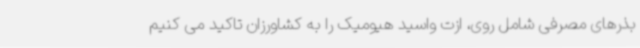
بذرهای مصرفی شامل روی، ازت واسید هیومیک را به کشاورزان تاکید می کنیم